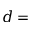
d =